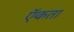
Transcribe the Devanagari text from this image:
ऍकता